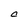
Character: C